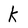
Character: k